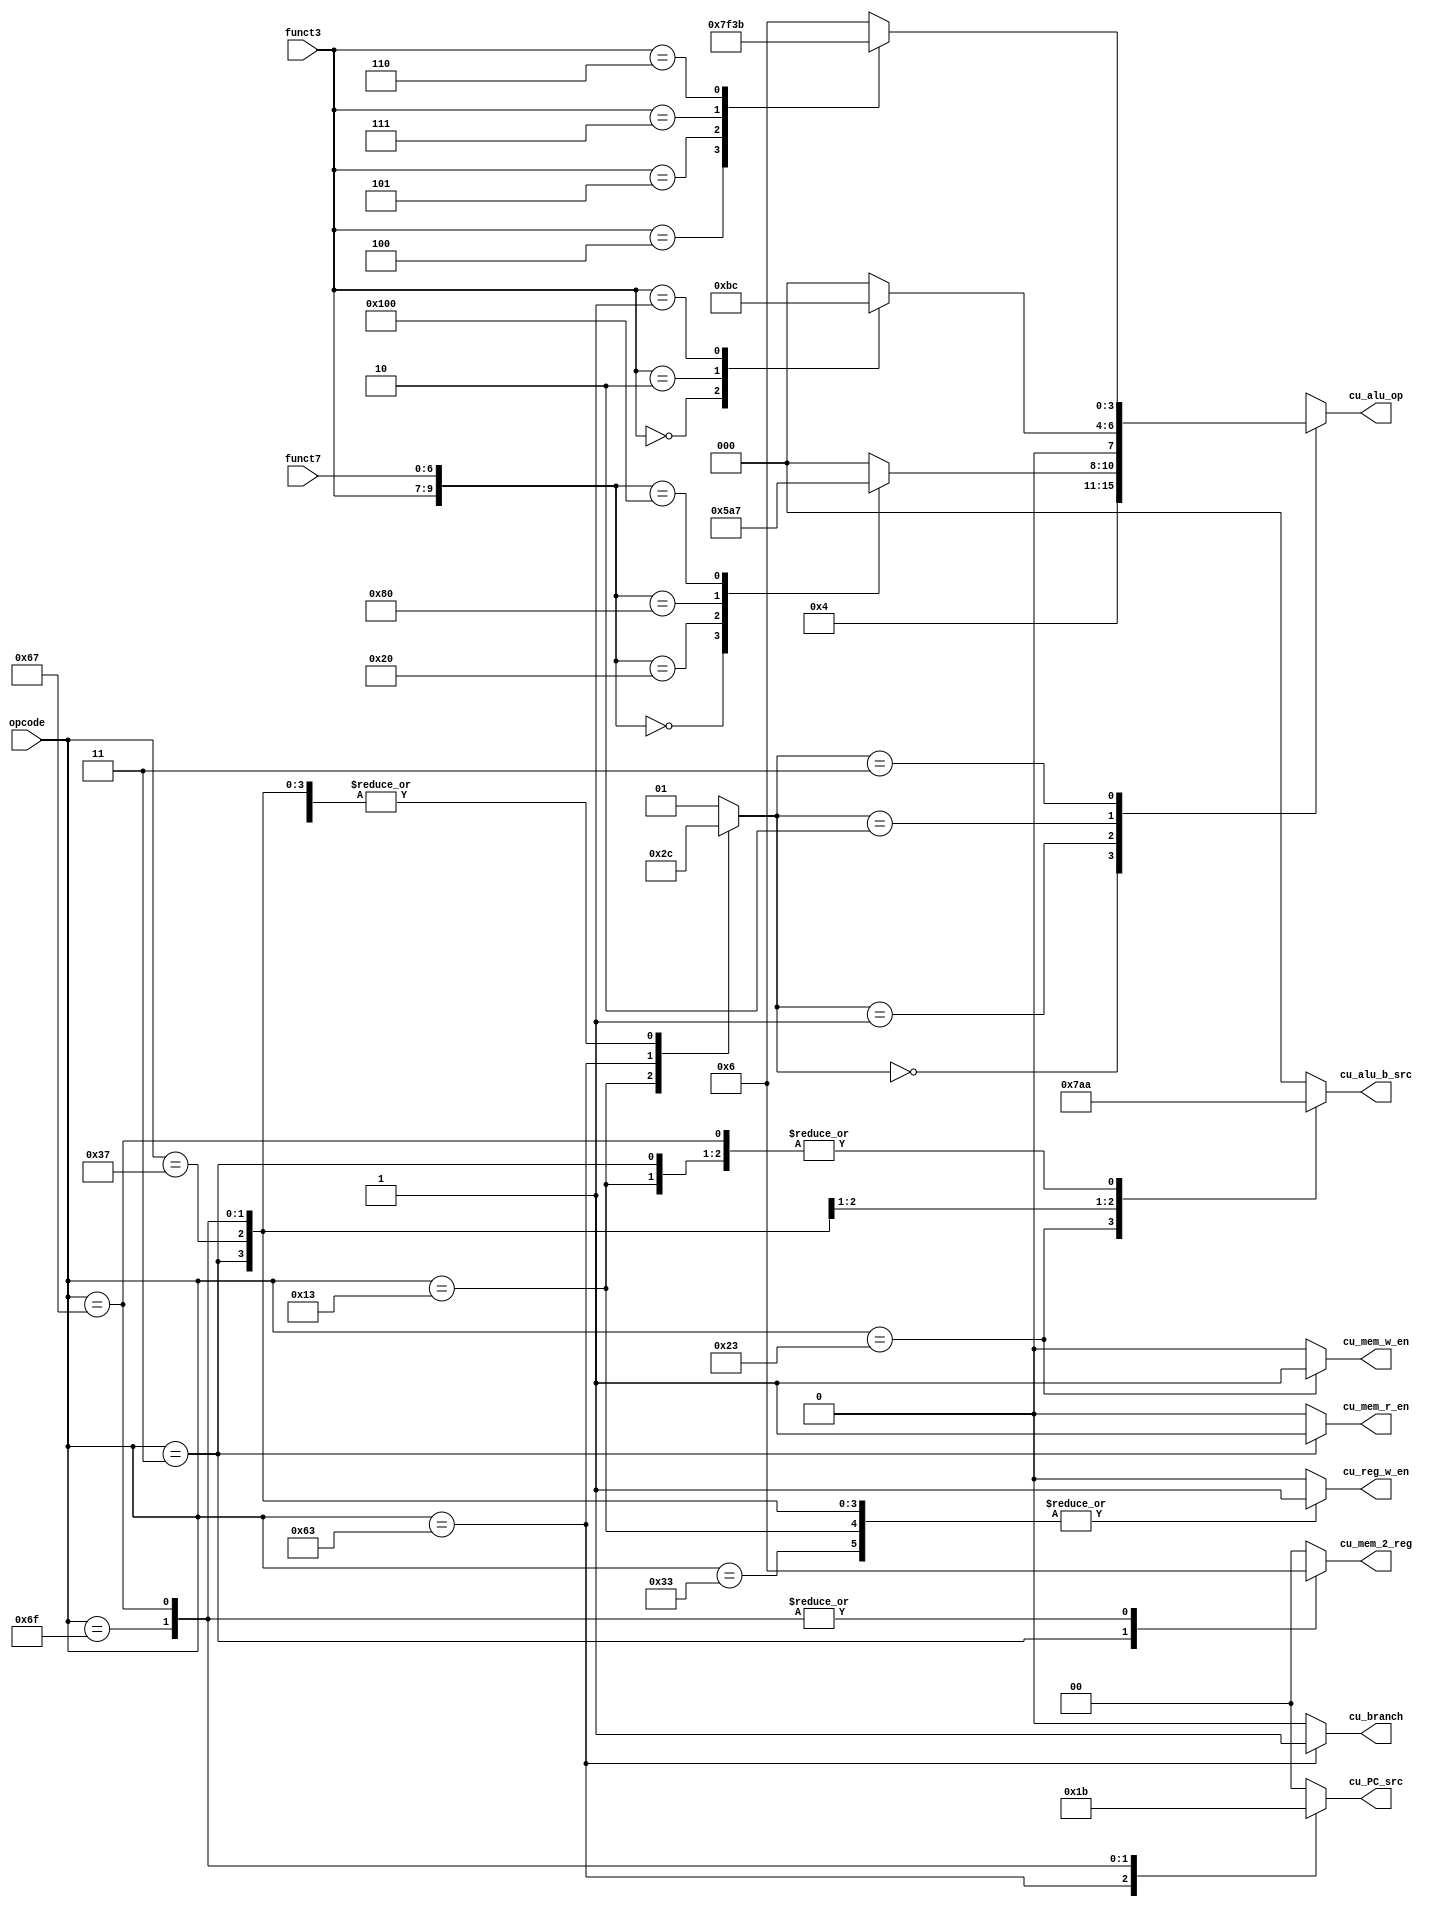
module cu(
	input [2:0] funct3,
	input [6:0] funct7,
	input [6:0] opcode,

	// output signals
	output reg [1:0] cu_PC_src,

	output reg cu_reg_w_en,

	output reg [2:0] cu_alu_b_src,
	output reg [3:0] cu_alu_op,

	output reg cu_mem_r_en,
	output reg cu_mem_w_en,
	output reg [1:0] cu_mem_2_reg,

	output reg cu_branch

	);

// to get ALUop
    reg [1:0] cu_ALU_Op;

    // S-type
    parameter SW_op = 		7'b0100011;

    // I-type
    parameter JALR_op = 	7'b1100111;
    parameter LW_op = 		7'b0000011;
    parameter Itype_op = 	7'b0010011;

    // R-type
    parameter Rtype_op = 	7'b0110011;

    // J-type & B-type
    parameter JAL_op = 		7'b1101111;
    parameter Btype_op = 	7'b1100011;

    // U-type
    parameter LUI_op = 		7'b0110111;
    parameter AUIPC_op = 	7'b0010111;

    always @ ( * ) begin
        case (opcode)

            Rtype_op: begin
                cu_PC_src = 2'b00;
                cu_branch = 1'b0;

                cu_ALU_Op = 2'b01;
                cu_alu_b_src = 3'b000;

                cu_mem_r_en = 1'b0;
                cu_mem_w_en = 1'b0;

                cu_mem_2_reg = 2'b00;
                cu_reg_w_en = 1'b1;

                cu_branch = 1'b0;
            end

            Itype_op: begin
                cu_PC_src = 2'b00;
                cu_branch = 1'b0;

                cu_ALU_Op = 2'b10;         // cu_ALU_Op
                cu_alu_b_src = 3'b010;    // imd

                cu_mem_r_en = 1'b0;
                cu_mem_w_en = 1'b0;

                cu_mem_2_reg = 2'b00;
                cu_reg_w_en = 1'b1;

                cu_branch = 1'b0;
            end

            Btype_op: begin
                cu_PC_src = 2'b01;       // pc_src
                cu_branch = 1'b1;

                cu_ALU_Op = 2'b11;         // cu_ALU_Op
                cu_alu_b_src = 3'b000;

                cu_mem_r_en = 1'b0;
                cu_mem_w_en = 1'b0;

                cu_mem_2_reg = 2'b00;
                cu_reg_w_en = 1'b0;

                cu_branch = 1'b1;
            end

            SW_op: begin
                cu_PC_src = 2'b00;
                cu_branch = 1'b0;

                cu_ALU_Op = 2'b00;
                cu_alu_b_src = 3'b011;    // imd

                cu_mem_r_en = 1'b0;      // mem_read
                cu_mem_w_en = 1'b1;     // mem_wriet

                cu_mem_2_reg = 2'b00;
                cu_reg_w_en = 1'b0;

                cu_branch = 1'b0;
            end

            LW_op: begin
                cu_PC_src = 2'b00;
                cu_branch = 1'b0;

                cu_ALU_Op = 2'b00;
                cu_alu_b_src = 3'b010;    // imd

                cu_mem_r_en = 1'b1;
                cu_mem_w_en = 1'b0;

                cu_mem_2_reg = 2'b01;
                cu_reg_w_en = 1'b1;

                cu_branch = 1'b0;
            end

            LUI_op: begin
                cu_PC_src = 2'b00;
                cu_branch = 1'b0;

                cu_ALU_Op = 2'b00;        // cu_ALU_Op
                cu_alu_b_src = 3'b110;    // imd

                cu_mem_r_en = 1'b0;
                cu_mem_w_en = 1'b0;

                cu_mem_2_reg = 2'b00;
                cu_reg_w_en = 1'b1;

                cu_branch = 1'b0;
            end


            JAL_op: begin
                cu_PC_src = 2'b10;
                cu_branch = 1'b0;

                cu_ALU_Op = 2'b00;        // cu_ALU_Op
                cu_alu_b_src = 3'b101;

                cu_mem_r_en = 1'b0;
                cu_mem_w_en = 1'b0;

                cu_mem_2_reg = 2'b10;
                cu_reg_w_en = 1'b1;

                cu_branch = 1'b0;
            end

            JALR_op: begin
                cu_PC_src = 2'b11;
                cu_branch = 1'b0;

                cu_ALU_Op = 2'b00;        // cu_ALU_Op
                cu_alu_b_src = 3'b010;    // imd

                cu_mem_r_en = 1'b0;
                cu_mem_w_en = 1'b0;

                cu_mem_2_reg = 2'b10;
                cu_reg_w_en = 1'b1;

                cu_branch = 1'b0;
            end

            default: begin
                cu_PC_src = 2'b00;
                cu_branch = 1'b0;

                cu_ALU_Op = 2'b01;
                cu_alu_b_src = 3'b000;

                cu_mem_r_en = 1'b0;
                cu_mem_w_en = 1'b0;

                cu_mem_2_reg = 2'b00;
                cu_reg_w_en = 1'b0;

                cu_branch = 1'b0;

            end
        endcase
    end


    always @( * ) begin

        case(cu_ALU_Op)
            2'b00: cu_alu_op = 4'b0010;

            // R-type
            2'b01: case({funct3, funct7})
                //ADD
                {3'b000, 7'b0000000}: cu_alu_op = 4'b0010;
                //SUB
                {3'b000, 7'b0100000}: cu_alu_op = 4'b0110;
                //SLL
                {3'b001, 7'b0000000}: cu_alu_op = 4'b0100;
                //SLT
                {3'b010, 7'b0000000}: cu_alu_op = 4'b0111;
                //AND
                {3'b111, 7'b0000000}: cu_alu_op = 4'b0000;
                //default
                default: 			  cu_alu_op = 4'b0000;
            endcase

            // I-type
            2'b10: case(funct3)
                // ADDI
                3'b000: cu_alu_op = 4'b0010;
                // SLTI
                3'b010: cu_alu_op = 4'b0111;
                // SLLI
                3'b001: cu_alu_op = 4'b0100;
                // default
                default: cu_alu_op = 4'b0000;
            endcase

            // B-type
            2'b11: case(funct3)
                // BEQ
                3'b000: cu_alu_op = 4'b0110;
                // BNE
                3'b001: cu_alu_op = 4'b0110;
                // BLT BGT
                3'b100: cu_alu_op = 4'b0111;
                // BGE BLE
                3'b101: cu_alu_op = 4'b1111;
                // BGEU BLEU
                3'b111: cu_alu_op = 4'b0011;
                // BLTU
                3'b110: cu_alu_op = 4'b1011;
                // default
                default: cu_alu_op = 4'b0110;

            endcase

            default: cu_alu_op = 4'b0000;
        endcase
    end

endmodule